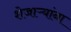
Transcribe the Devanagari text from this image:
शेजाऱ्यांना